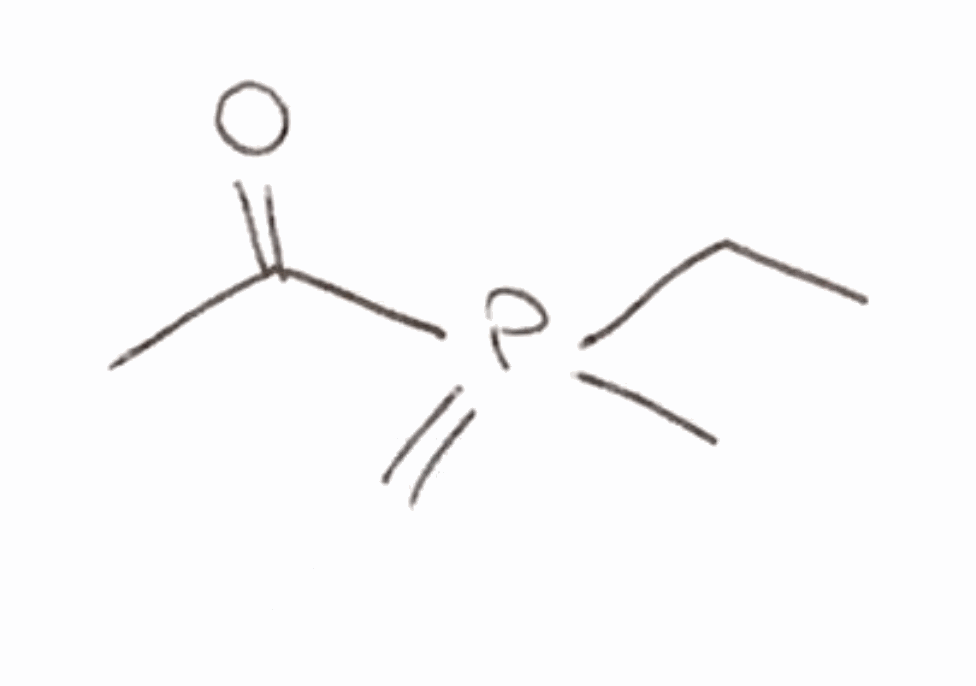
Simplified molecular-input line-entry system (SMILES) notation of the given molecule:
CCP(=C)(C)C(=O)C